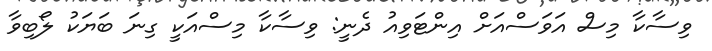
ވިސާކާ މިސް އަވަސްއަށް އިންޓަވިއު ދެނީ: ވިސާކާ މިސްއަކީ ގިނަ ބަޔަކު ލޯބިވާ